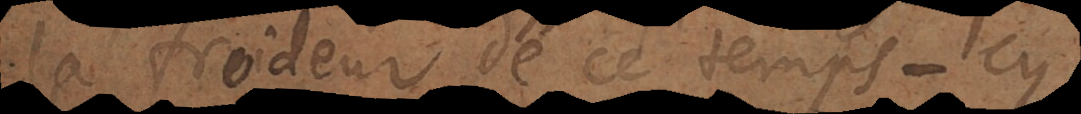
la froideur de ce temps‐cy